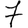
Digit: 7